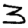
Digit: 3